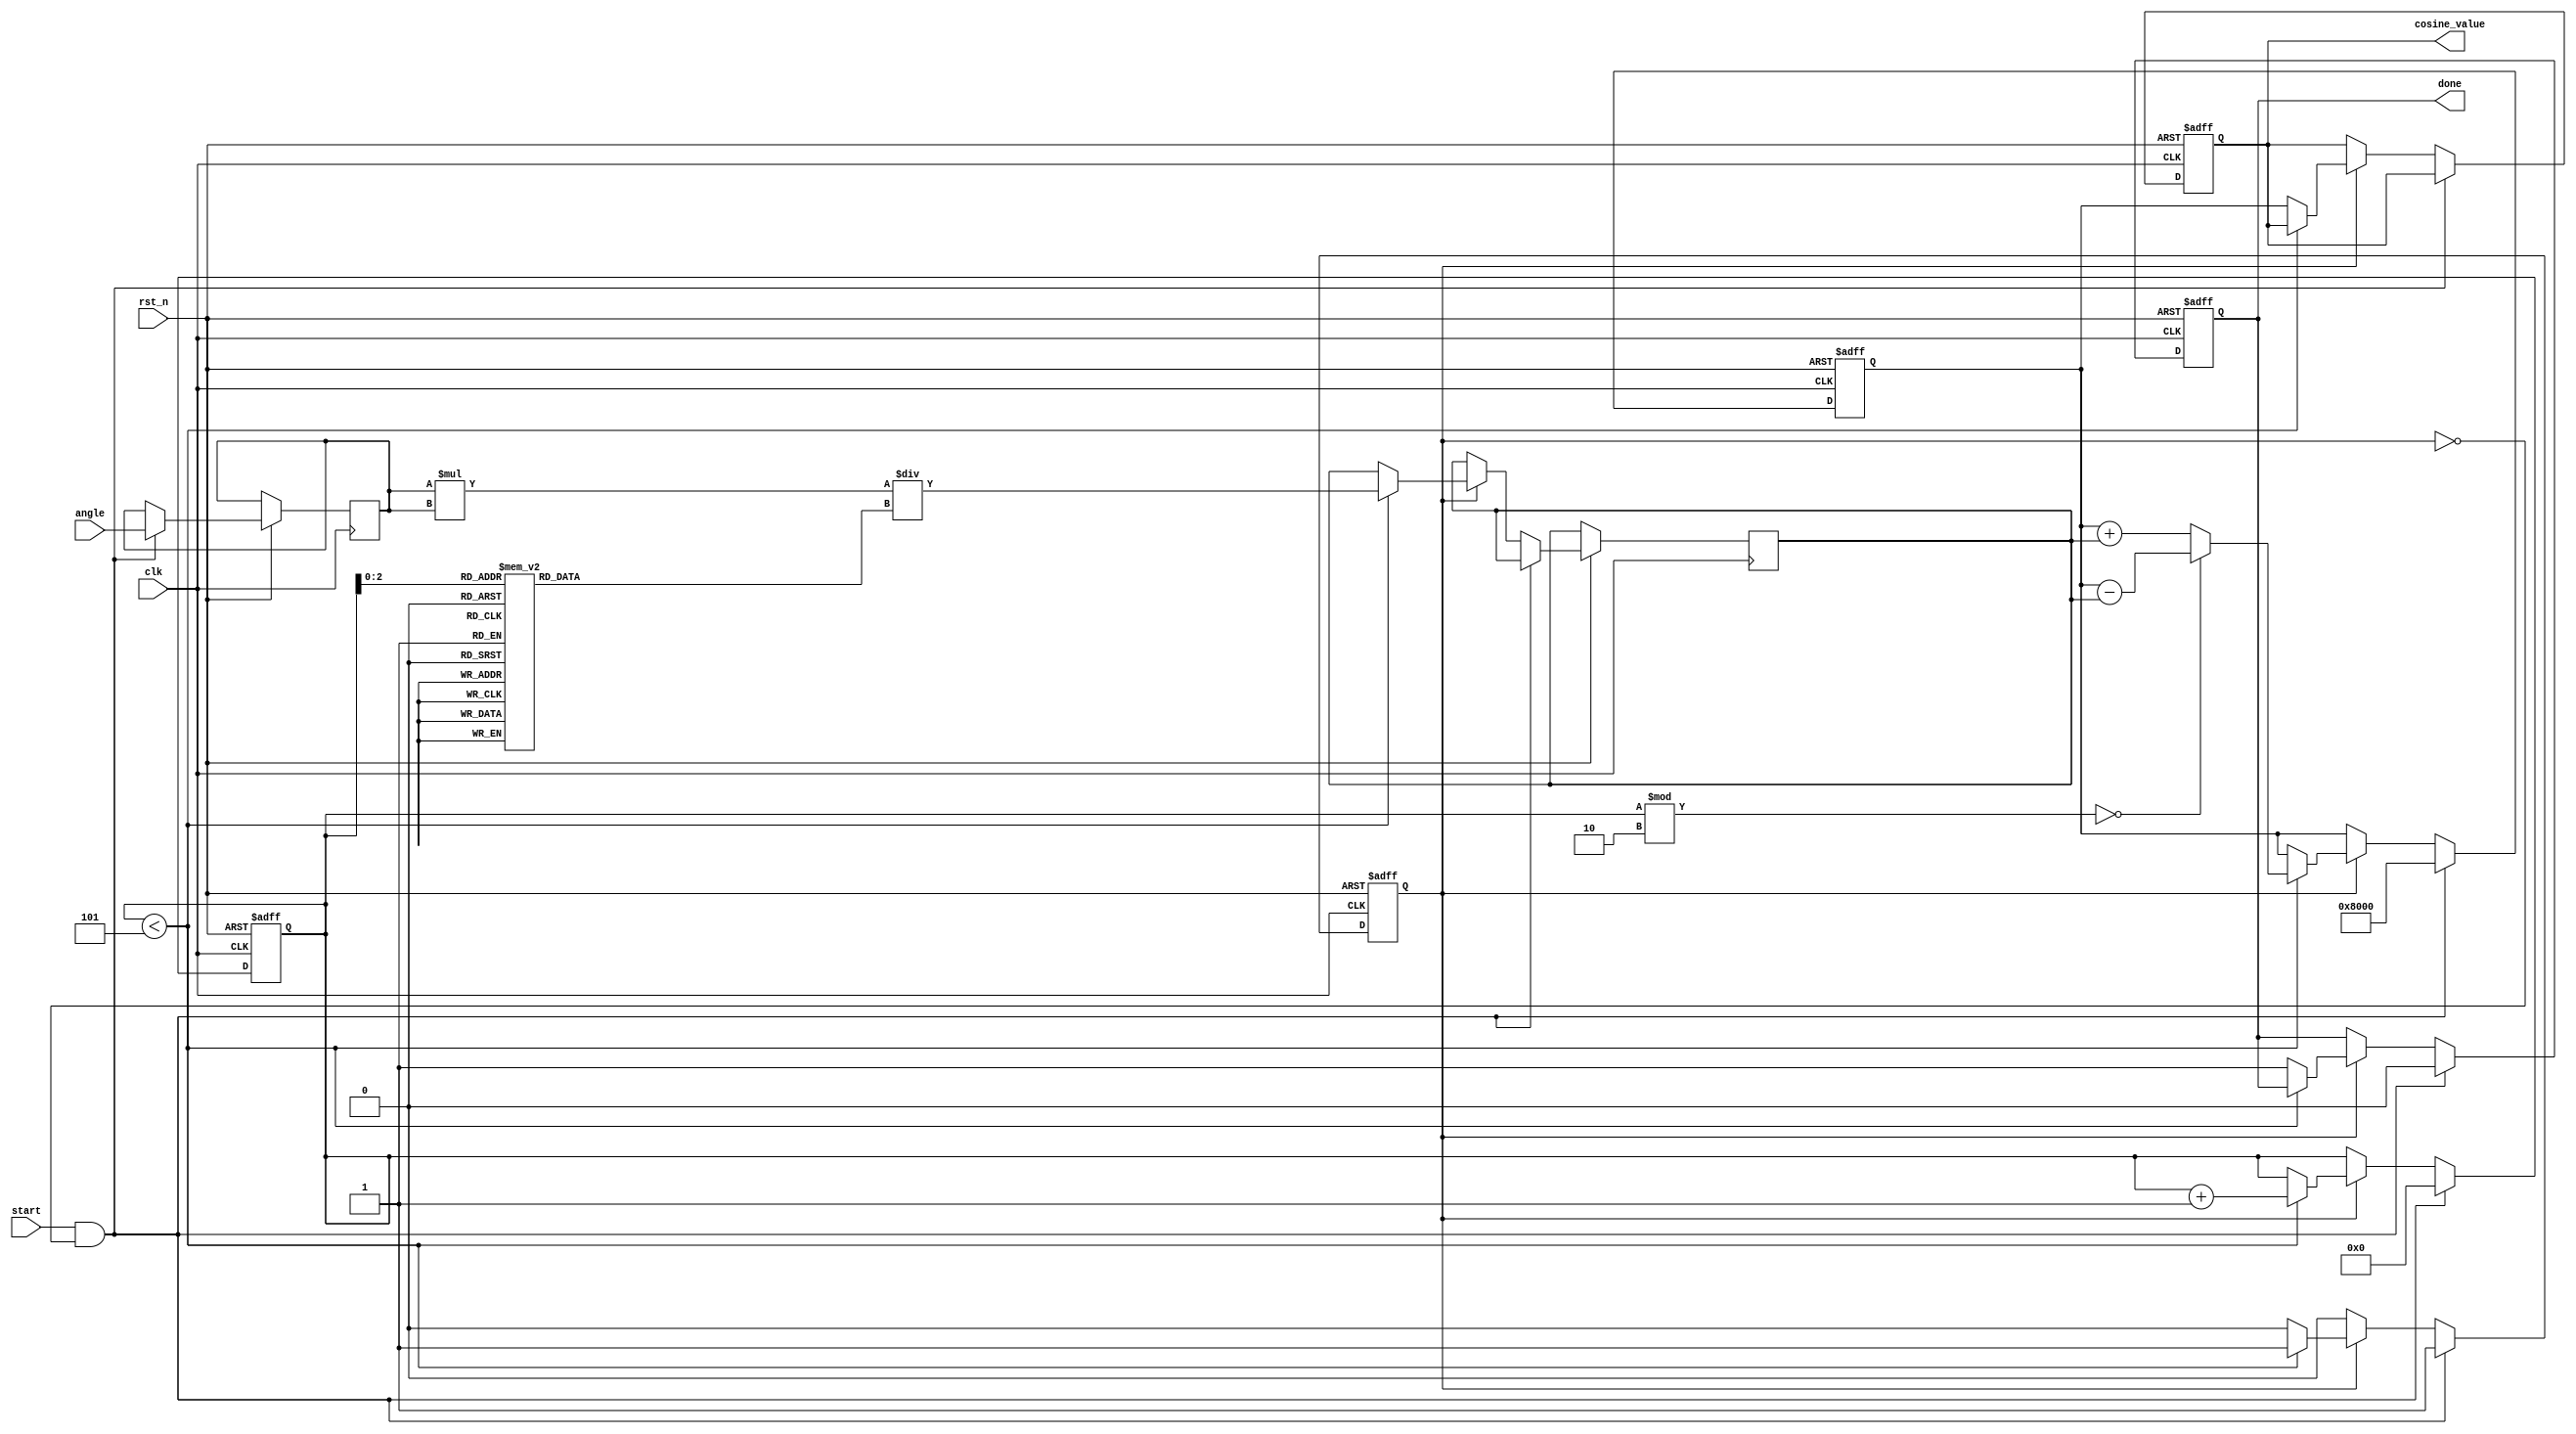
module CosineCalculator (
    input wire clk,
    input wire rst_n,
    input wire start,
    input wire [15:0] angle, // Fixed-point representation of angle in radians
    output reg [15:0] cosine_value, // Fixed-point representation of cosine value
    output reg done // Signal to indicate completion
);

    // Parameters for Taylor Series
    parameter NUM_TERMS = 5; // Number of terms in the Taylor series
    parameter FACTOR = 16'h8000; // Scaling factor for fixed-point representation (2^15)

    // Internal registers
    reg [15:0] x; // Input angle
    reg [15:0] term; // Current term in the series
    reg [15:0] sum; // Accumulated sum of terms
    reg [3:0] count; // Counter for the number of terms processed
    reg calculating; // State flag for calculation process

    // Factorial values for the Taylor series terms
    reg [15:0] factorial [0:NUM_TERMS-1];

    // Initialization of factorial values
    initial begin
        factorial[0] = 16'h0001; // 0!
        factorial[1] = 16'h0001; // 1!
        factorial[2] = 16'h0002; // 2!
        factorial[3] = 16'h0006; // 3!
        factorial[4] = 16'h0012; // 4!
        factorial[5] = 16'h0020; // 5!
    end

    // State machine for cosine calculation
    always @(posedge clk or negedge rst_n) begin
        if (!rst_n) begin
            cosine_value <= 16'h0000;
            done <= 1'b0;
            calculating <= 1'b0;
            count <= 4'b0000;
            sum <= 16'h0000;
        end else if (start && !calculating) begin
            // Start calculation
            x <= angle;
            sum <= FACTOR; // Start with the first term (1)
            count <= 4'b0000;
            calculating <= 1'b1;
            done <= 1'b0;
        end else if (calculating) begin
            if (count < NUM_TERMS) begin
                // Calculate the next term in the series
                term <= (x * x) / factorial[count]; // x^2 / n!
                if (count % 2 == 0) begin
                    sum <= sum - term; // Even terms are subtracted
                end else begin
                    sum <= sum + term; // Odd terms are added
                end
                count <= count + 1;
            end else begin
                // Finished calculating
                cosine_value <= sum;
                done <= 1'b1;
                calculating <= 1'b0;
            end
        end
    end

endmodule